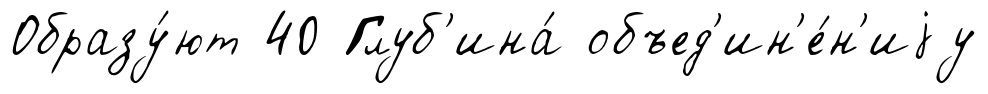
Образу́ют 40 Глуб'ина́ объед'ин'е́н'иjу